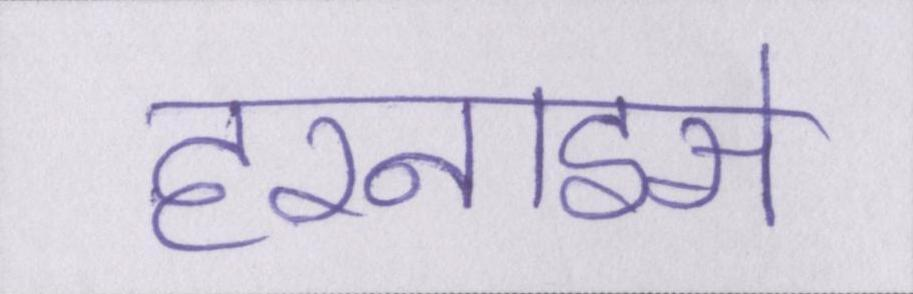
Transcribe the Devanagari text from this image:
हरनाइसे